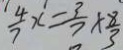
\frac { 4 } { 7 } x = \frac { 3 } { 7 } \times \frac { 8 } { 3 }